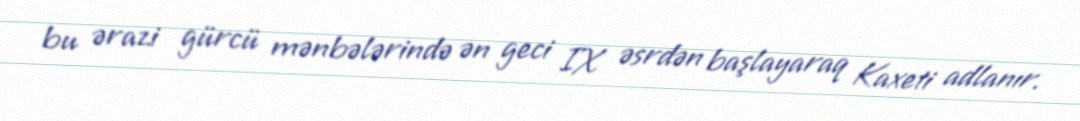
bu ərazi gürcü mənbələrində ən geci IX əsrdən başlayaraq Kaxeti adlanır.